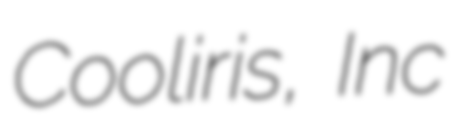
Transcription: Cooliris, Inc